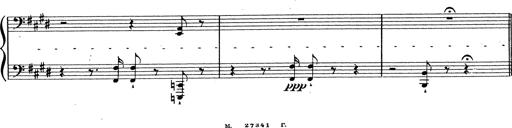
Title: Grosses Konzertsolo
Composer: Franz Liszt